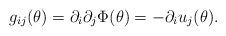
LaTeX: \begin{align*}g_{ij}(\theta) = \partial_i \partial_j \Phi(\theta) = - \partial_i u_j(\theta).\end{align*}